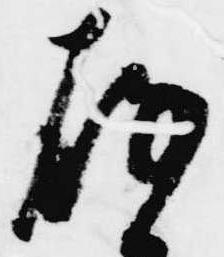
存